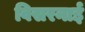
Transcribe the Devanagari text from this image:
विसरनाई